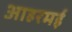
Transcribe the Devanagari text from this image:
आहरमई